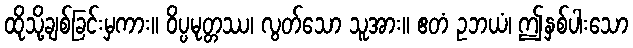
ထိုသို့ချစ်ခြင်းမှကား။ ဝိပ္ပမုတ္တဿ၊ လွတ်သော သူအား။ ဧတံ ဥဘယံ၊ ဤနှစ်ပါးသော